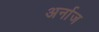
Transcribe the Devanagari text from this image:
अर्नाज